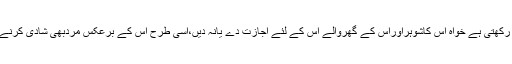
بلکہ وہ شادی کرنے کے باوجودکسی بھی مردکے ساتھ جنسی تعلقات رکھنے کامکمل حق رکھتی ہے خواہ اس کاشوہراوراس کے گھروالے اس کے لئے اجازت دے یانہ دیں،اسی طرح اس کے برعکس مردبھی شادی کرنے کے باوجودکسی بھی دوسری عورت کے ساتھ جنسی تعلقات قائم کرنے کااختیاررکھتاہے۔